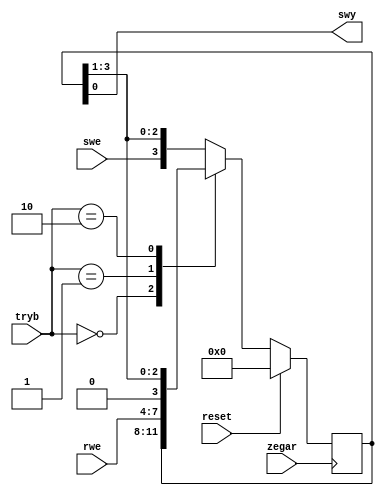
module rejestr
    #(
        parameter n=4
    )
    (
        input zegar, reset,
        input swe,
        input [1:0] tryb,
        input [n-1:0] rwe,
        output swy
    );

    reg [n-1:0] rejestr;

    always@(posedge zegar)
        if(reset)
            rejestr <= 0;
        else begin
            // wersja 1.
            /*
            rejestr[3] <= swe;
            rejestr[2] <= rejestr[3];
            rejestr[1] <= rejestr[2];
            rejestr[0] <= rejestr[1];
            */
            // wersja 2.
            // rejestr[3:0] <= {swe, rejestr[3:1]};
            // wersja 3.
            case (tryb)
                2'b00 : rejestr <= rejestr;
                2'b01 : rejestr <= rwe;
                2'b10 : rejestr <= {"0", rejestr[n-1:1]};
                default : rejestr <= {swe, rejestr[n-1:1]};
            endcase
    end

    assign swy = rejestr[0];

endmodule